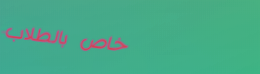
خاص بالطلاب